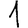
Digit: 1